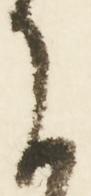
に